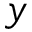
y